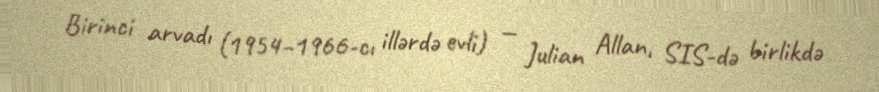
Birinci arvadı (1954–1966-cı illərdə evli) — Julian Allan, SIS-də birlikdə